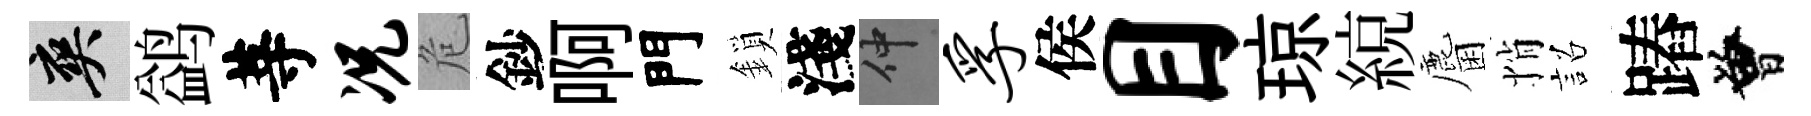
爽鹢䓁况危鈔啊門鎖淺仲孚侯目琼綂麕悄詔蹖曾